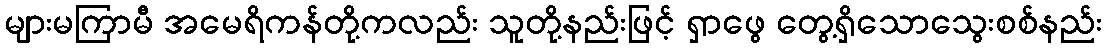
များမကြာမီ အမေရိကန်တို့ကလည်း သူတို့နည်းဖြင့် ရှာဖွေ တွေ့ရှိသောသွေးစစ်နည်း